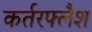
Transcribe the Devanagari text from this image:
कर्तरफ्लैश